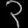
Digit: ၃